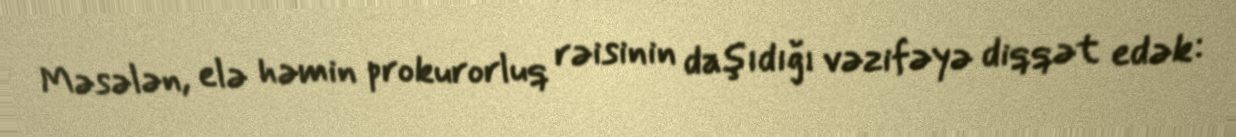
Məsələn, elə həmin prokurorluq rəisinin daşıdığı vəzifəyə diqqət edək: